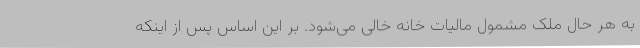
به هر حال ملک مشمول مالیات خانه خالی می‌شود. بر این اساس پس از اینکه